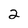
Character: 2